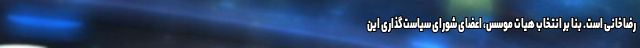
رضاخانی است. بنا بر انتخاب هیات موسس، اعضای شورای سیاست‌گذاری این